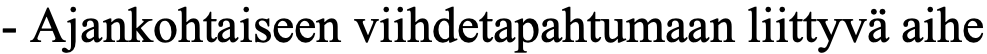
- Ajankohtaiseen viihdetapahtumaan liittyvä aihe